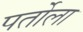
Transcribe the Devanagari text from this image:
पर्तोला